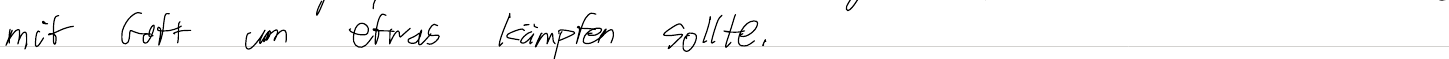
mit Gott um etwas kämpfen sollte.